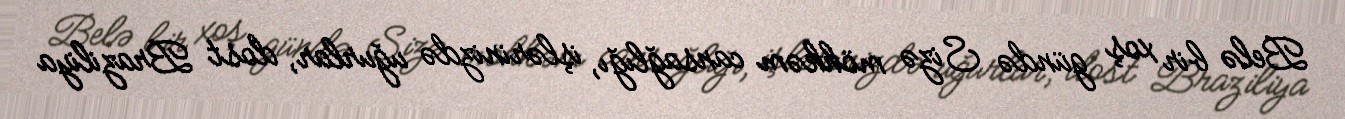
Belə bir xoş gündə Sizə möhkəm cansağlığı, işlərinizdə uğurlar, dost Braziliya